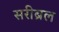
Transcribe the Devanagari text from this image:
सरीब्रल